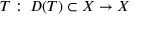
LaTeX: T : \, D ( T ) \subset X \to X